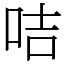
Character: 咭